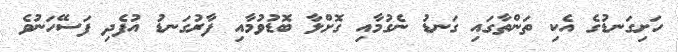
ހަށިގަނޑުގެ އެކި ތަންތާގައި ގަނޑު ނެގުމާއި ގޮށްލާ ބޮޑުވުމާއި ފާރުގަނޑު އުފެދި ފަސޭހަނުވެ